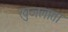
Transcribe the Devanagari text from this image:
खुजलाता